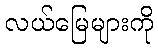
လယ်မြေများကို